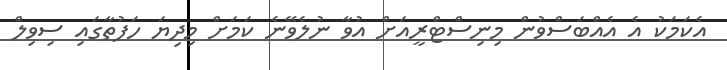
އެކަމަކު އެ އެއްބަސްވުން މިނިސްޓްރީއަށް އުވާ ނުލެވޭނެ ކަމަށް މިދިޔަ ހަފުތާގައި ސިވިލް